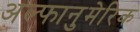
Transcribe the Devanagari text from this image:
अल्फानुमेरिक